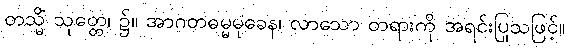
တသ္မိံ သုတ္တေ၊ ၌။ အာဂတဓမ္မမုခေန၊ လာသော တရားကို အရင်းပြုသဖြင့်။